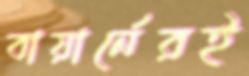
বায়ার্নেরই